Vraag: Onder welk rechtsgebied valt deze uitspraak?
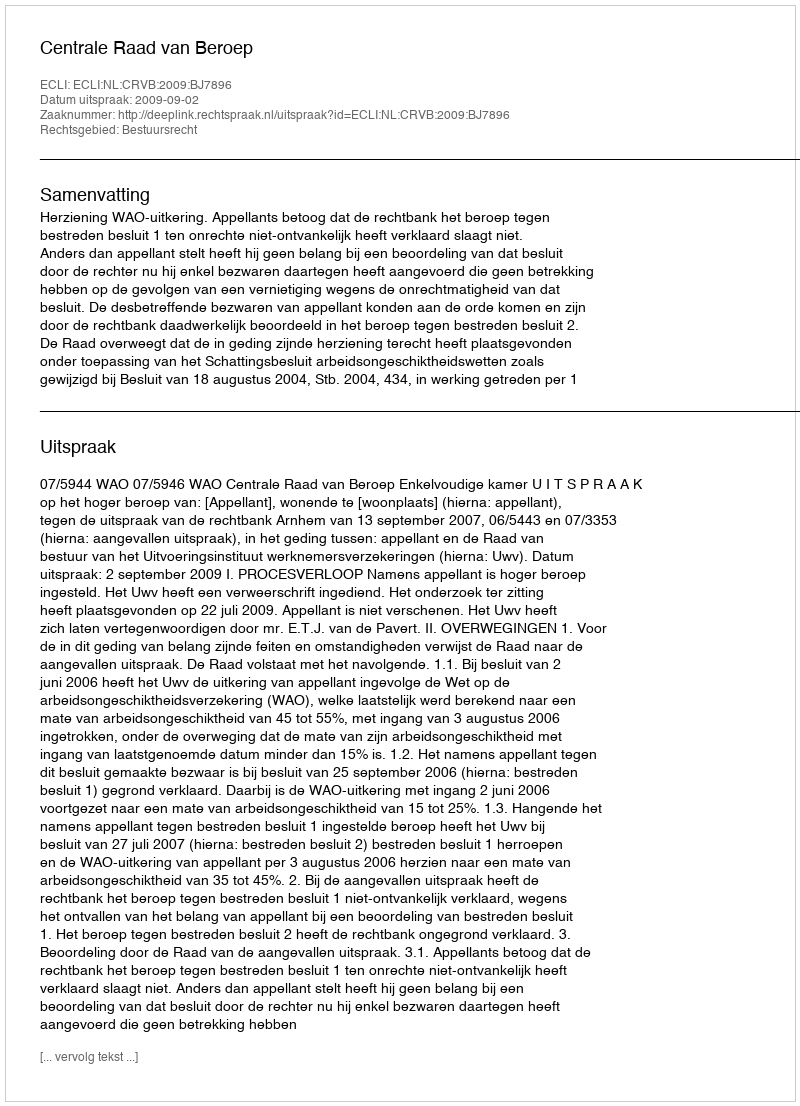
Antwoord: Bestuursrecht